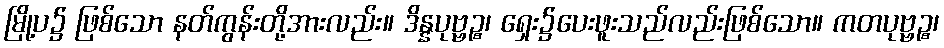
မြို့ပ၌ ဖြစ်သော နတ်ကွန်းတို့အားလည်း။ ဒိန္နပုဗ္ဗဉ္စ၊ ရှေး၌ပေးဖူးသည်လည်းဖြစ်သော။ ကတပုဗ္ဗဉ္စ၊